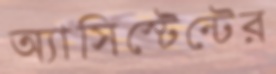
অ্যাসিস্টেন্টের